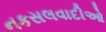
નકસલવાદીઓ